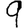
Digit: 9